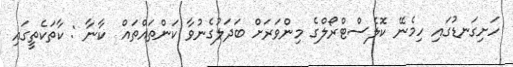
ހަށިގަނޑުގައި ހިމެނޭ ކޮލެސްޓްރޯލްގެ މިންވަރަށް ބަދަލުގެނުވާ ކަންތައްތައް  ކާނާ : ކާތަކެތީގައި